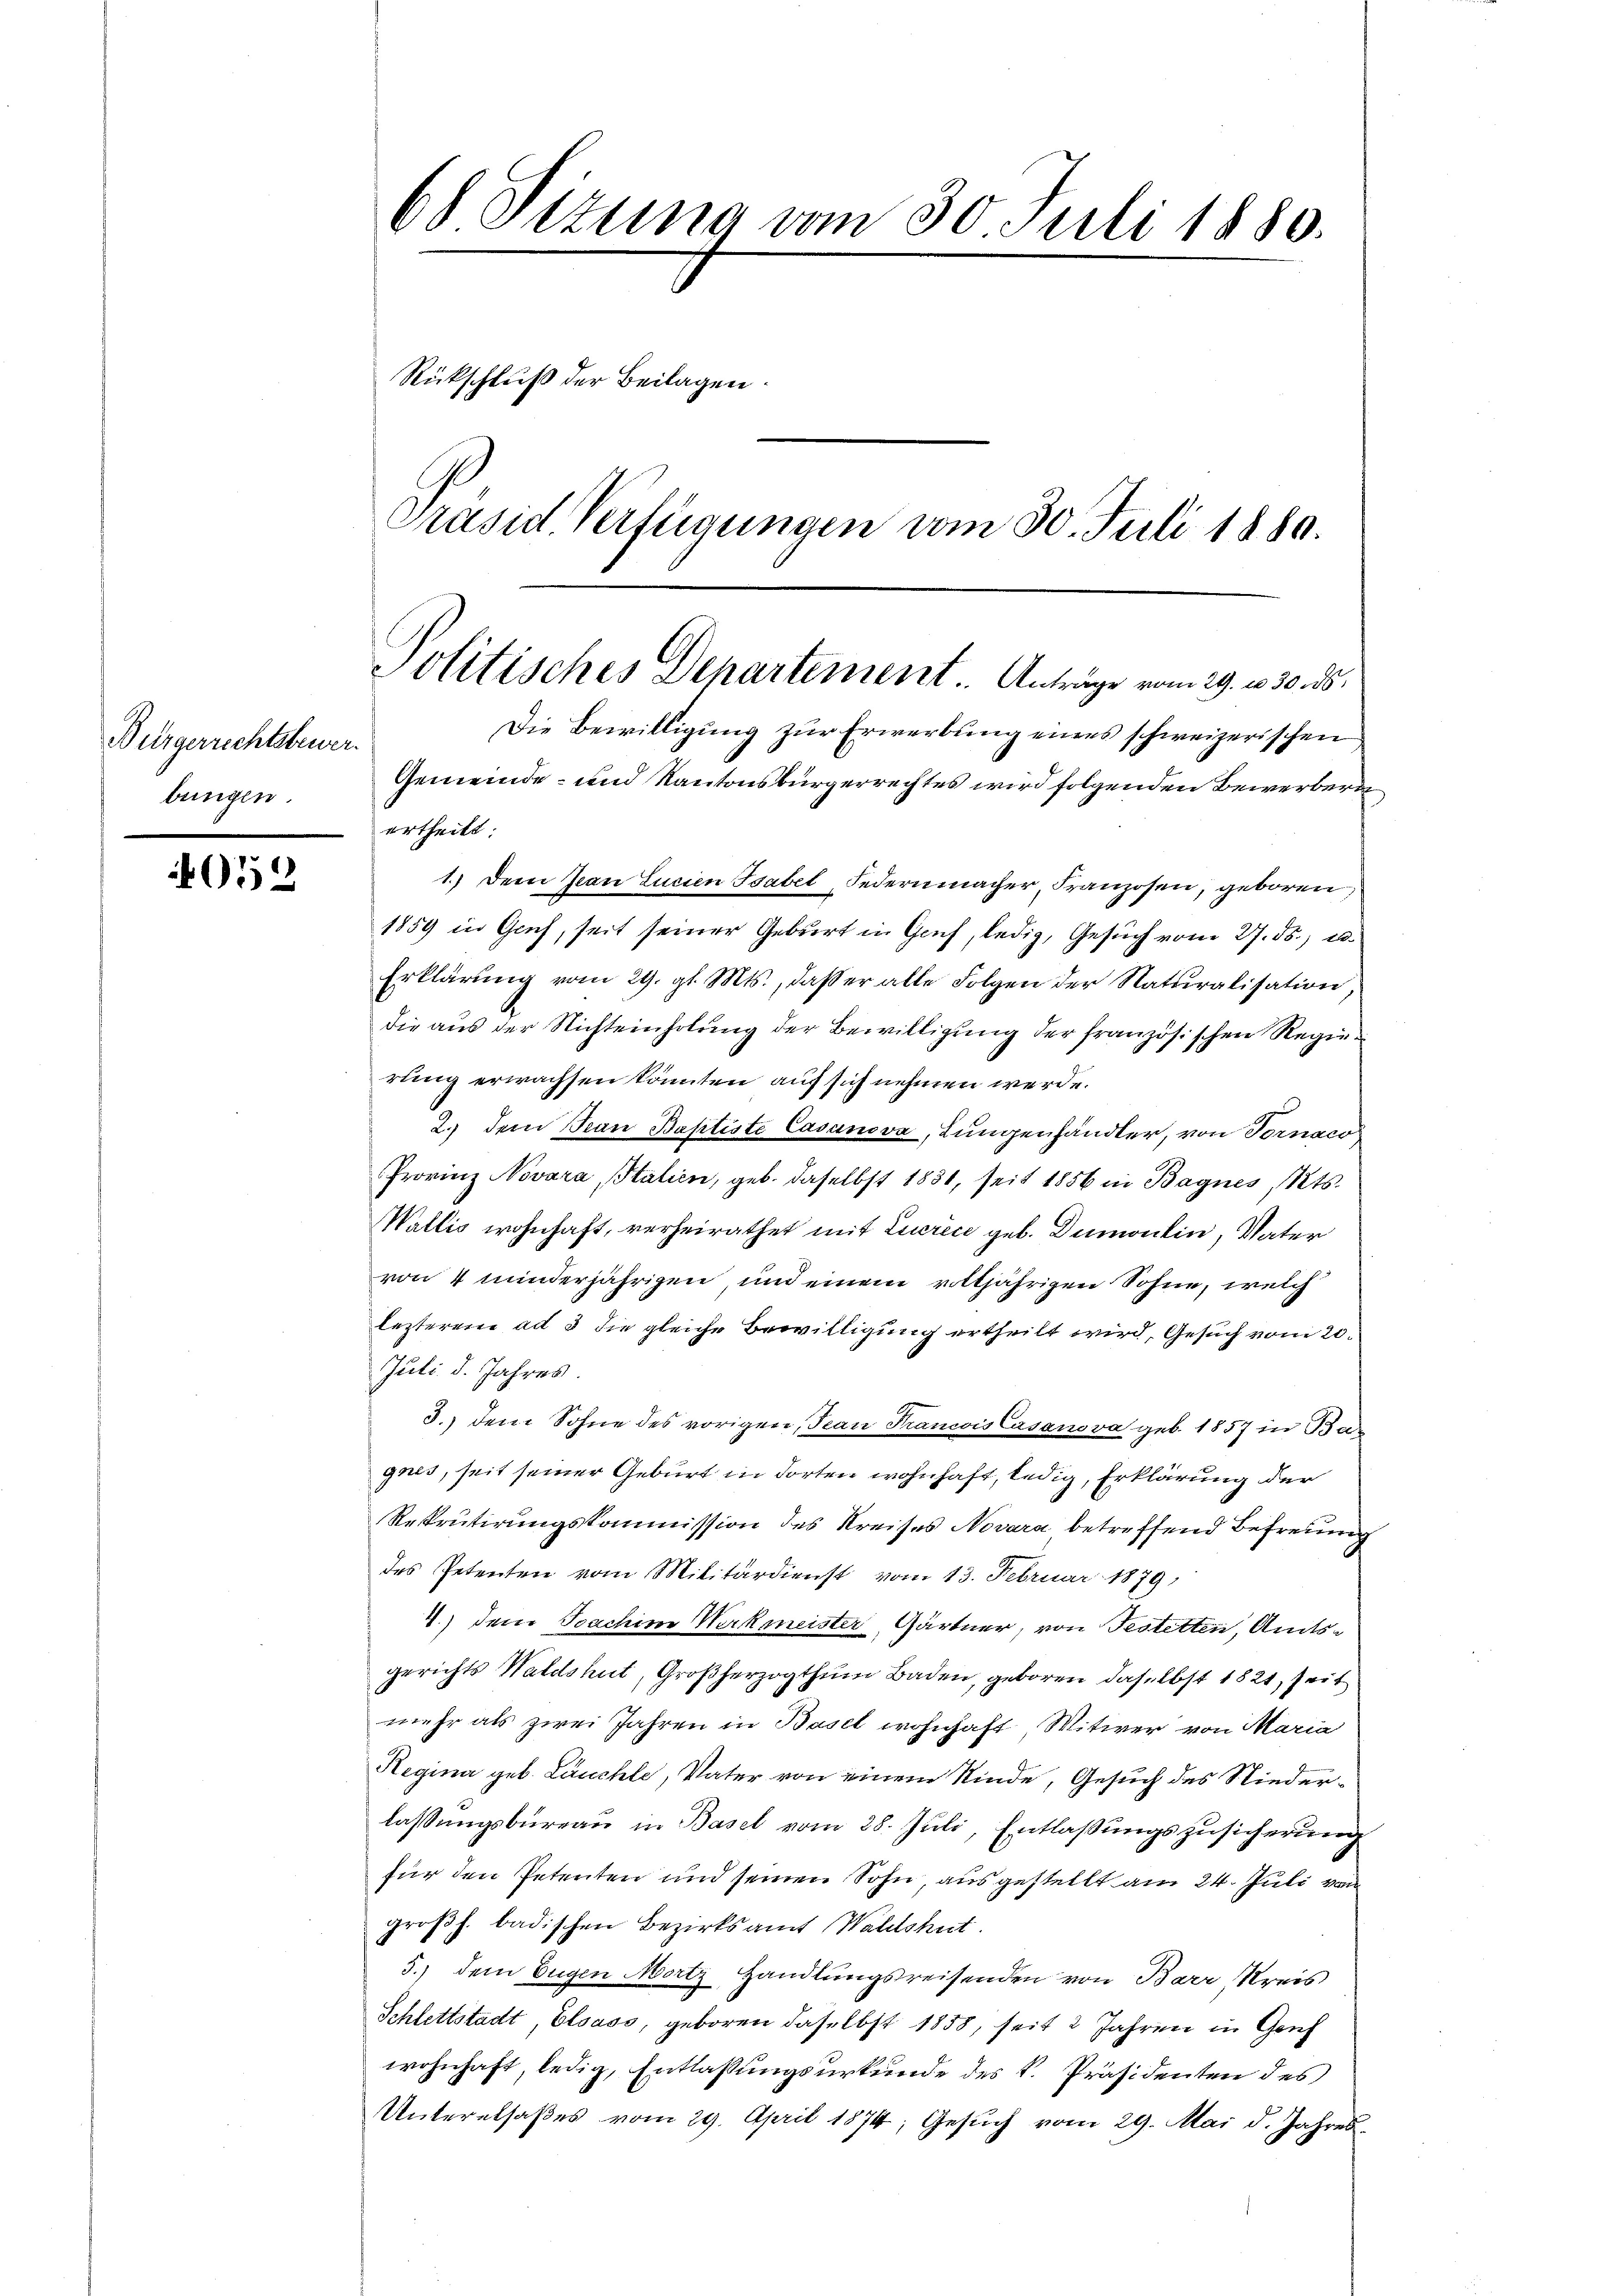
Bürgerrechtsbewer.
bringen.

052

68 Sizung vom 30. Juli 1880.
Rückschluß der Beilagen.
Präsid. Verfügungen vom 30. Juli 1880.

Gemeinde- und Kantonsbürgerrechtes wird folgenden Bewerberi
ertheilt.
1.) Dem Jean Lucien Isabel, Federn macher, Franzosen, geboren,
1859 in Gruf, seit seiner Geburt in Genf, ledig, Gesŭch vom 27. ds., u.
Erklärung vom 29. gl. Mts., dasser alle Folgen der Naturalisation,
die aus der Nichteinholung der Bewilligung der französischen Regierung erwachsen könnten auf sich nehmen werde.
2.) dem Jean Baptiste Casanova, Lungenhändler, von Vornaco
Provinz Novara Italien, geb. daselbst 1831, seit 1856 in Bagnes, Kts.
Wallis wohnhaft, verheirathet mit Zürich geb. Dumontin, Vater
von 4 minderjährigen und einem volljährigen Sohne, welch
lezterem ad 3 die gleiche Bewilligung ertheilt wird, Gesuch vom 20.
Juli d. Jahres.
3.) dem Sohne des vorigen, Jean Francois Casanova geb. 1857 in Bagnes, seit seiner Geburt in dorten wohnhaft, ledig, Erklärung der
Rekrutirungskommission des Kreises Novara betreffend Befreung
des Petenten vom Militärdienst vom 13. Februar 1879
4.) Dem Joachine Werkmeister, Gärtner, von Festetten, Amtsgerichts Waldshut, Großherzogthum Baden, geboren daselbst 1821, Zeit
mehr als zwei Jahren in Basel wohnhaft Witwer von Maria
Regina geb. Läuchle, Vater von einem Rinde, Gesuch des Niederlassungsbureau in Basel vom 28. Juli, Entlaßungszusicherung
für den Petenten und seinen Sohn ausgestellt am 24. Juli von
großh. badischen Bezirksamt Waldshut.
5.) dem Eugen Mortz, Handlungsreisenden von Barr Kreis
Schlettstadt Elsass, geboren daselbst 1858, seit 2 Jahren in Gruf
wohnhaft, ledig, Entlassungsurkunde des k. Präsidenten des
Unteralsaßes vom 29. April 1874, Gesuch vom 29. Mai d. Jahres¬

Politisches Departement. Anträge vom 29. 20. 30. ds.
Die Bewilligung zur Erwerbung eines schweizerischen